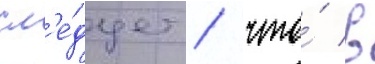
сл'е́дует / что́ в